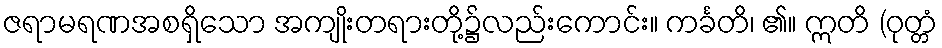
ဇရာမရဏအစရှိသော အကျိုးတရားတို့၌လည်းကောင်း။ ကင်္ခတိ၊ ၏။ ဣတိ (ဝုတ္တံ